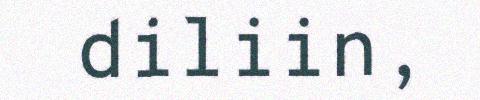
diliin,